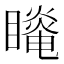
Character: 𰦆